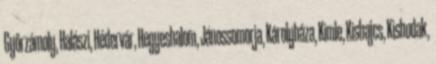
Győrzámoly, Halászi, Hédervár, Hegyeshalom, Jánossomorja, Károlyháza, Kimle, Kisbajcs, Kisbodak,